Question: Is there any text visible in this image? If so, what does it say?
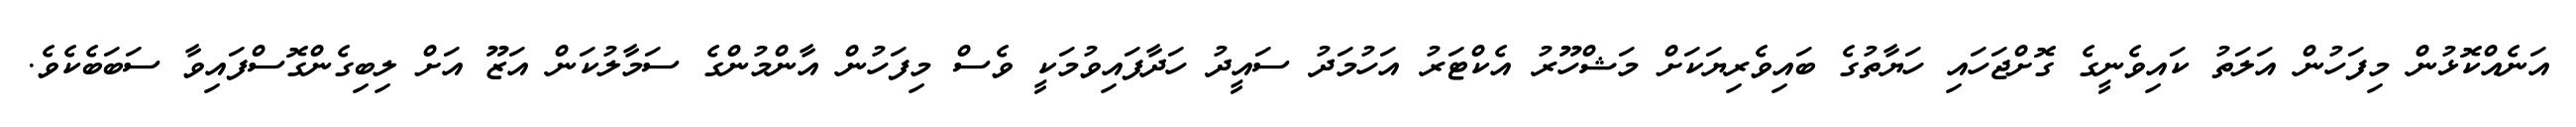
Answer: އަނެއްކޮޅުން މިފަހުން އަލަތު ކައިވެނީގެ ގޮށްޖަހައި ހަޔާތުގެ ބައިވެރިޔަކަށް މަޝްހޫރު އެކްޓަރު އަހުމަދު ސައީދު ހަދާފައިވުމަކީ ވެސް މިފަހުން އާންމުންގެ ސަމާލުކަން އަޒޫ އަށް ލިބިގެންގޮސްފައިވާ ސަބަބެކެވެ.